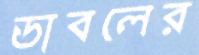
ডাবলের